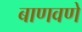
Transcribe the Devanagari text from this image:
बाणवणे